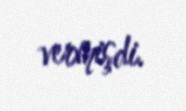
vermişdi.